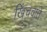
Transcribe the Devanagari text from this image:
खिंचवाते